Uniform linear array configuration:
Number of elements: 24
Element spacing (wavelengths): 0.75
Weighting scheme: exponential
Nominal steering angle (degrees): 0
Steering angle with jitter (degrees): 1.239
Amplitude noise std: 0.05
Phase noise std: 0.05

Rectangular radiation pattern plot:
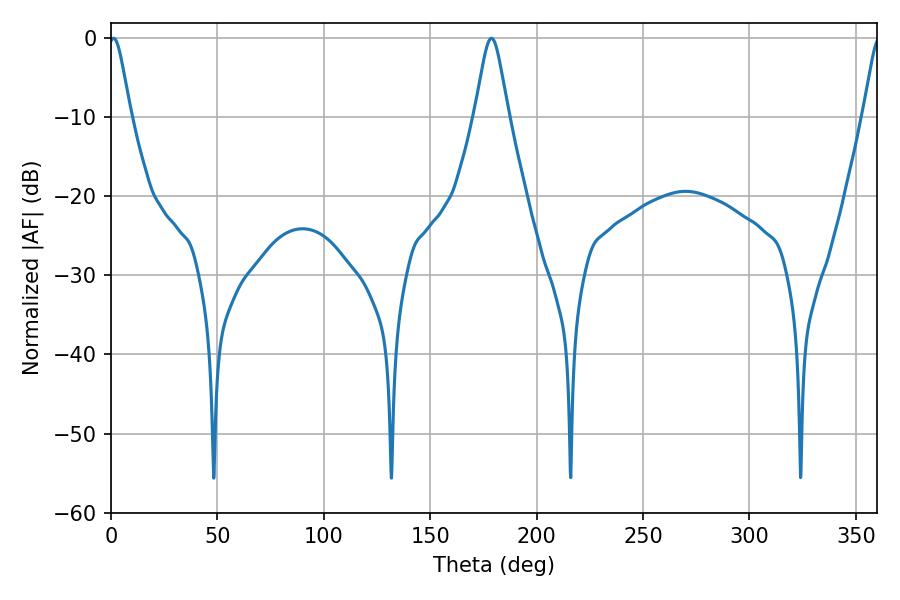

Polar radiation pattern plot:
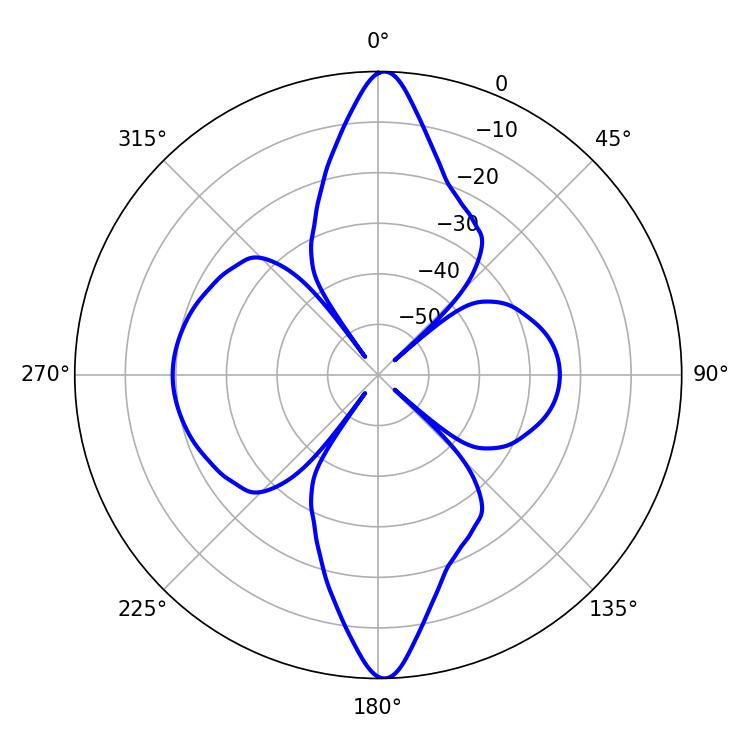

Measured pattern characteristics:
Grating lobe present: TRUE
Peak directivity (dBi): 34.012
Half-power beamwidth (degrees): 5.04
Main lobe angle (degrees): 1.26